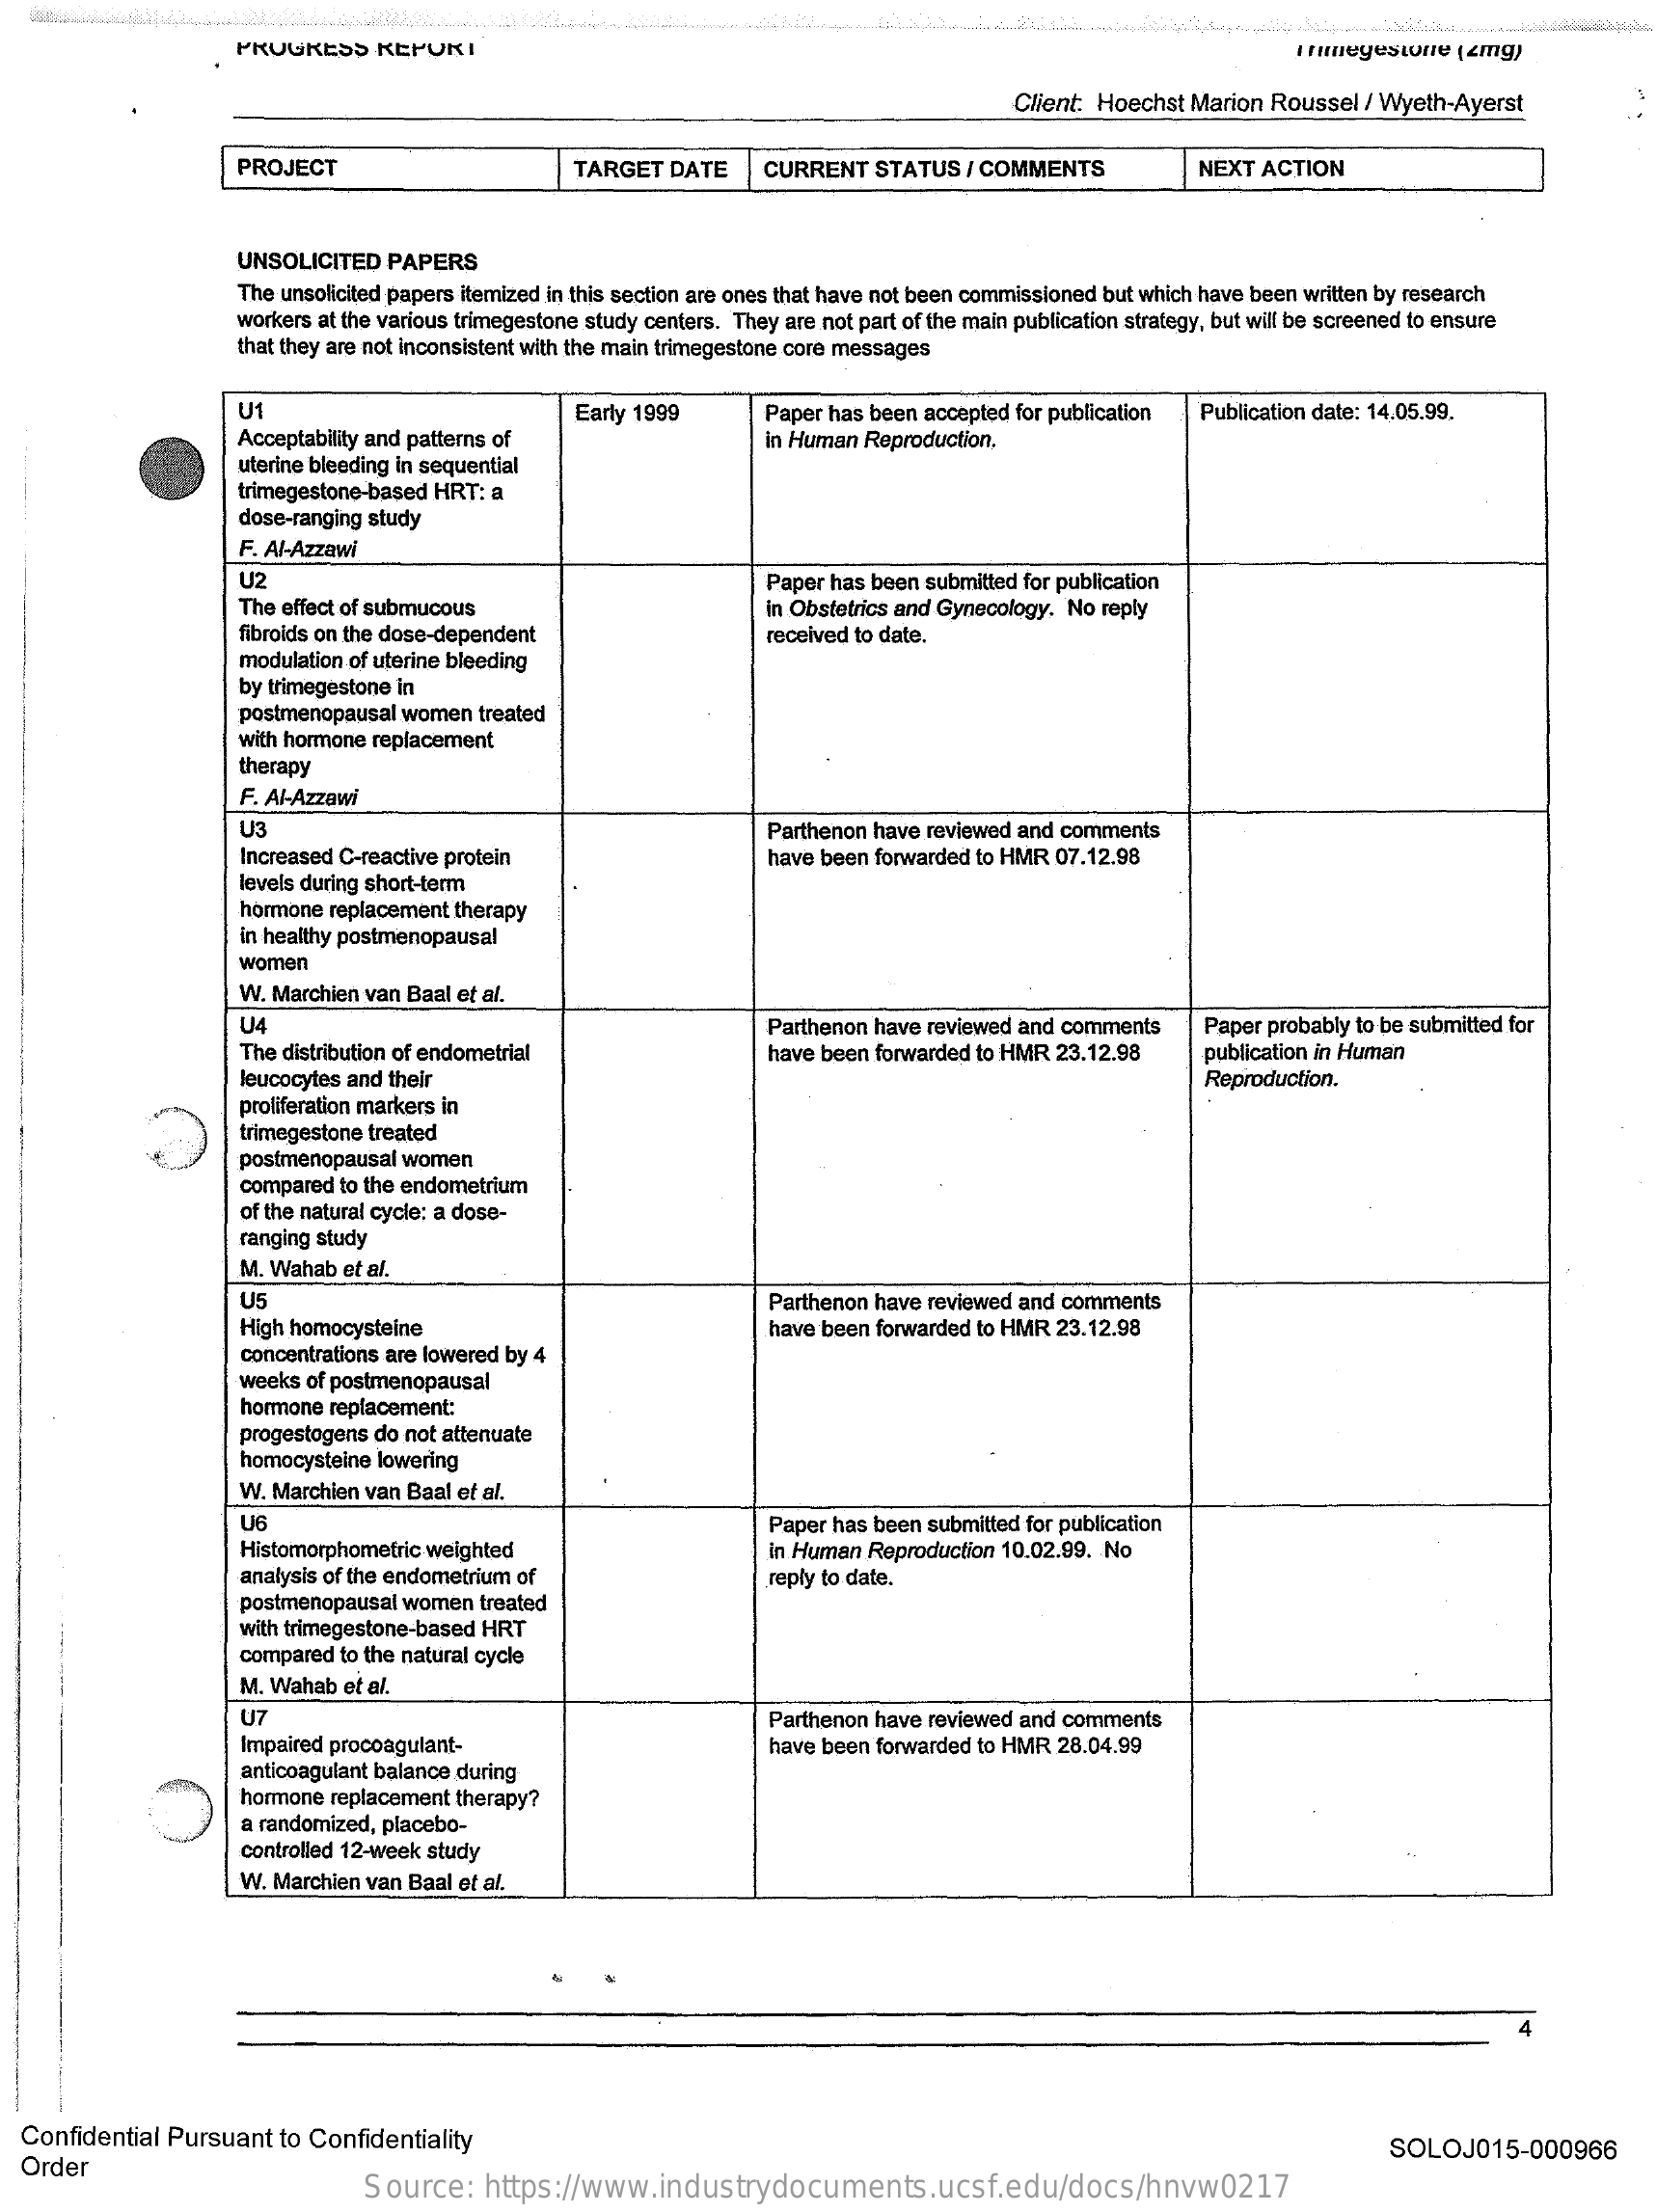
PROGRESS    KEPUKI    Ihumeyestone  (2mg)
     Client: Hoechst Marion Roussel / Wyeth-Ayerst
     PROJECT    TARGET  DATE    CURRENT   STATUS  / COMMENTS    NEXT  ACTION
     UNSOLICITED  PAPERS
     The unsolicited papers itemized in this section are ones that have not been commissioned but which have been written by research
     workers at the various trimegestone study centers. They are not part of the main publication strategy, but will be screened to ensure
     that they are not inconsistent with the main trimegestone core messages
     U1
     Acceptability and patterns of
     Early 1999    Paper has been accepted for publication Publication date: 14.05.99.
     in Human Reproduction.
     uterine bleeding in sequential
     trimegestone-based HRT: a
     dose-ranging study
     F. Al-Azzawi
     U2
     The effect of submucous
     Paper has been submitted for publication
     fibroids on the dose-dependent
     in Obstetrics and Gynecology. No reply
     received to date.
     modulation of uterine bleeding
     by trimegestone in
     postmenopausal women treated
     with hormone replacement
     therapy
     F. Al-Azzawi
     U3    Parthenon have reviewed and comments
     Increased C-reactive protein
     levels during short-term
     have been forwarded to HMR 07.12.98
     hormone replacement therapy
     in healthy postmenopausal
     women
     W. Marchien van Baal et al.
     U4
     The distribution of endometrial
     Parthenon have reviewed and comments   Paper probably to be submitted for
     have been forwarded to HMR 23.12.98    publication in Human
     leucocytes and their    Reproduction.
     proliferation markers in
     trimegestone treated
     postmenopausal women
     compared to the endometrium
     of the natural cycle: a dose-
     ranging study
     M. Wahab et al.
     U5    Parthenon have reviewed and comments
     High homocysteine    have been forwarded to HMR 23.12.98
     concentrations are lowered by 4
     weeks of postmenopausal
     hormone replacement:
     progestogens do not attenuate
     homocysteine lowering
     W. Marchien van Baal et al.
     Histomorphometric weighted
     Paper has been submitted for publication
     analysis of the endometrium of
     in Human Reproduction 10.02.99. No
     postmenopausal women treated
     reply to date.
     with trimegestone-based HRT
     compared to the natural cycle
     M. Wahab et al.
     U7
     Impaired procoagulant-
     Parthenon have reviewed and comments
     have been forwarded to HMR 28.04.99
     anticoagulant balance during
     hormone replacement therapy?
     a randomized, placebo-
     controlled 12-week study
     W. Marchien van Baal et al.
  Confidential Pursuant  to Confidentiality
  Order
     SOLOJ015-000966
     Source:    https://www.industrydocuments.ucsf.edu/docs/hnvw0217